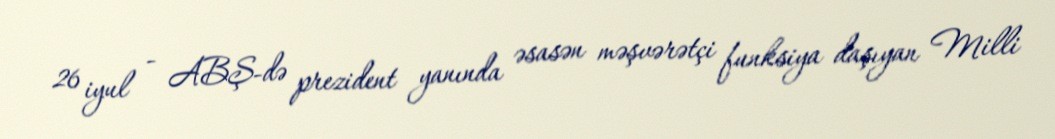
26 iyul - ABŞ-də prezident yanında əsasən məşvərətçi funksiya daşıyan Milli